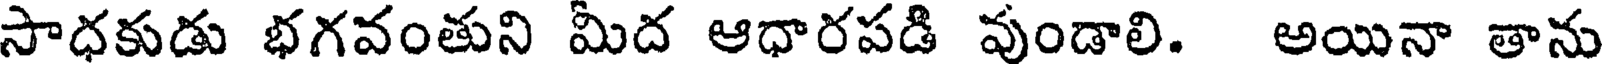
సాధకుడు భగవంతుని మిద ఆధారపడి వుండాలి. అయినా తాను